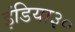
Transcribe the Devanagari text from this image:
इंडिया३०